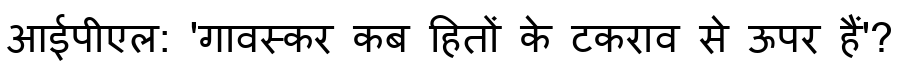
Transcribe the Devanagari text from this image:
आईपीएल: 'गावस्कर कब हितों के टकराव से ऊपर हैं'?